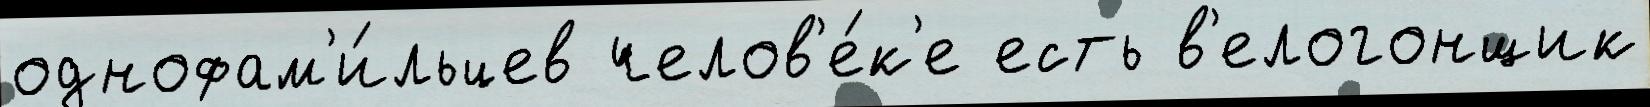
однофам'и́льцев челов'е́к'е есть в'елогонщик